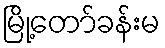
မြို့တော်ခန်းမ